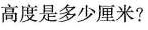
高度是多少厘米?